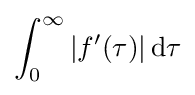
\int _{0}^{\infty }|f'(\tau )|\,\mathrm {d} \tau